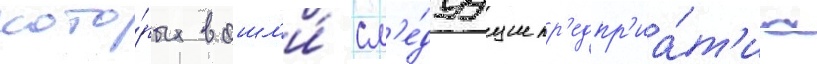
кото́рых вошл'и́ сл'е́дуущие пр'едпр'иа́т'иа